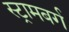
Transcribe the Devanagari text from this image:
स्ट्रामबर्ग